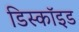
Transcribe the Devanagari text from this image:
डिस्कॉइड